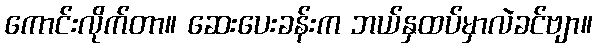
ကောင်းလိုက်တာ။ ဆေးပေးခန်းက ဘယ်နှထပ်မှာလဲခင်ဗျာ။